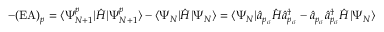
- ( \mathrm { E A } ) _ { p } = \langle \Psi _ { N + 1 } ^ { p } | \hat { H } | \Psi _ { N + 1 } ^ { p } \rangle - \langle \Psi _ { N } | \hat { H } | \Psi _ { N } \rangle = \langle \Psi _ { N } | \hat { a } _ { p _ { \sigma } } \hat { H } \hat { a } _ { p _ { \sigma } } ^ { \dagger } - \hat { a } _ { p _ { \sigma } } \hat { a } _ { p _ { \sigma } } ^ { \dagger } \hat { H } | \Psi _ { N } \rangle